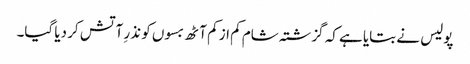
پولیس نے بتایا ہے کہ گزشتہ شام کم از کم آٹھ بسوں کو نذرِ آتش کر دیا گیا۔